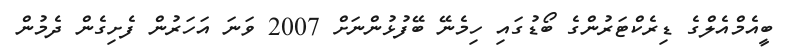
ބީއެމްއެލްގެ ޑިރެކްޓަރުންގެ ބޯޑުގައި ހިމެނޭ ބޭފުޅުންނަށް 2007 ވަނަ އަހަރުން ފެށިގެން ދެމުން